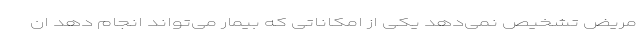
مریض تشخیص نمی‌دهد یکی از امکاناتی که بیمار می‌تواند انجام دهد ان